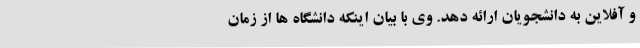
و آفلاین به دانشجویان ارائه دهد. وی با بیان اینکه دانشگاه ها از زمان